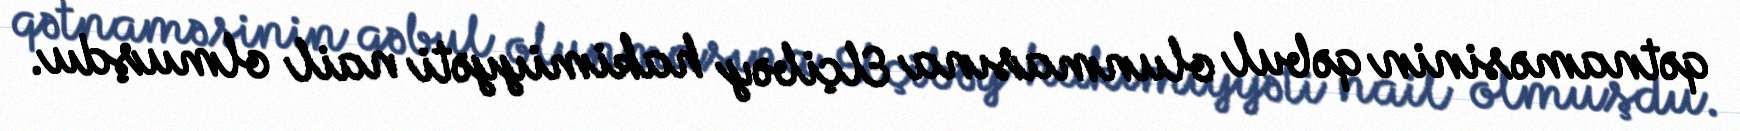
qətnaməsinin qəbul olunmasına Elçibəy hakimiyyəti nail olmuşdu.